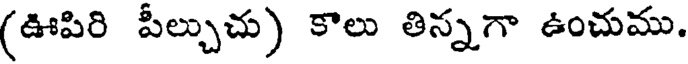
(ఊపిరి పీల్చుచు) కాలు తిన్నగా ఉంచుము.